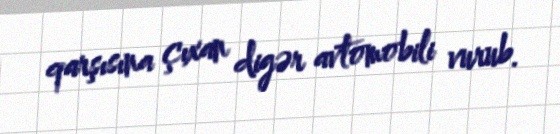
qarşısına çıxan digər avtomobili vurub.